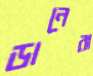
ডানেরা